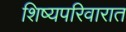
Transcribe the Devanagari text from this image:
शिष्यपरिवारात